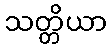
သတ္တိယာ